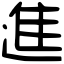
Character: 進